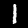
Digit: 1